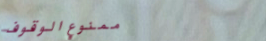
ممنوع الوقوف